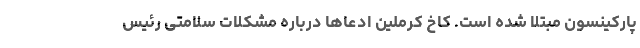
پارکینسون مبتلا شده است. کاخ کرملین ادعاها درباره مشکلات سلامتی رئیس